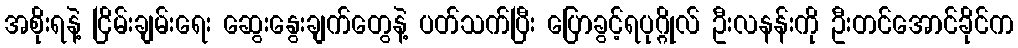
အစိုးရနဲ့ ငြိမ်းချမ်းရေး ဆွေးနွေးချက်တွေနဲ့ ပတ်သက်ပြီး ပြောခွင့်ရပုဂ္ဂိုလ် ဦးလနန်းကို ဦးတင်အောင်ခိုင်က